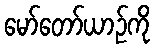
မော်တော်ယာဉ်ကို